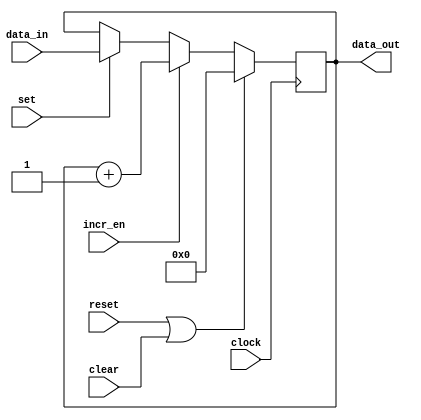
module counter 
  #(parameter WIDTH = 4)
   (
    input              clock,
    input              reset,
    input              clear,
    input              set,
    input              incr_en,
    input [WIDTH-1:0]  data_in,
    output [WIDTH-1:0] data_out
    );
   
   reg [WIDTH-1:0]     cntr;
   localparam [WIDTH-1:0] ONE = { {WIDTH-1 {1'b0}},  1'b1 };
   
   always @(posedge clock)
     begin
        if (reset || clear)
          cntr <= 0;
        else if (incr_en)
          cntr <= cntr + ONE;
        else if (set) 
          cntr <= data_in;
     end
   
   assign data_out = cntr;
   
endmodule